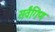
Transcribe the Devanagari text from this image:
सर्वंगिण